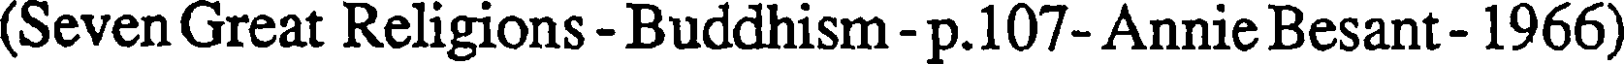
(Seven Great Religions - Buddhism - p.107- Annie Besant - 1966)